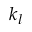
k _ { l }